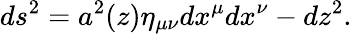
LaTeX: ds^{2}=a^{2}(z)\eta_{\mu\nu}dx^{\mu}dx^{\nu}-dz^{2}.